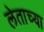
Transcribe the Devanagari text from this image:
लेताच्या